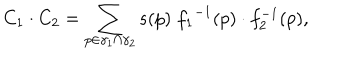
LaTeX: C _ { 1 } \cdot C _ { 2 } = \sum _ { p \in \gamma _ { 1 } \cap \gamma _ { 2 } } s ( p ) \; { f _ { 1 } } ^ { - 1 } ( p ) \cdot f _ { 2 } ^ { - 1 } ( p ) ,